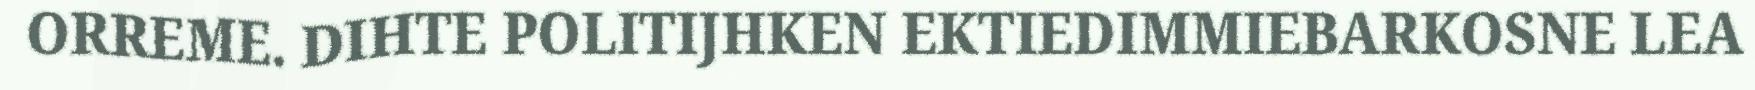
ORREME. DIHTE POLITIJHKEN EKTIEDIMMIEBARKOSNE LEA